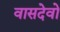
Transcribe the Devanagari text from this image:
वासदेवो